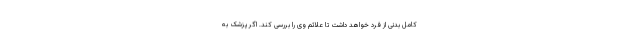
کامل بدنی از فرد خواهد داشت تا علائم وی را بررسی کند. اگر پزشک به